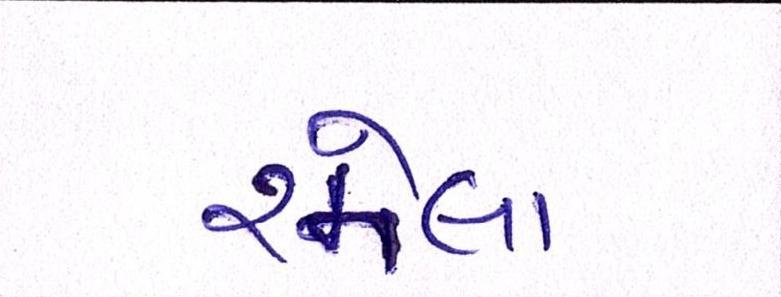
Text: રમેલા